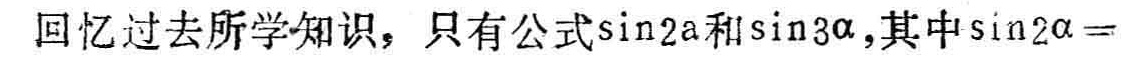
回忆过去所学知识，只有公式\(\sin2\alpha\)和\(\sin3\alpha\)，其中\(\sin2\alpha =\)